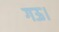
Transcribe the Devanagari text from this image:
गऊ।